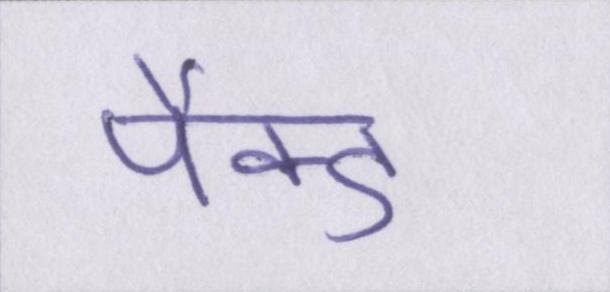
पैक्ड